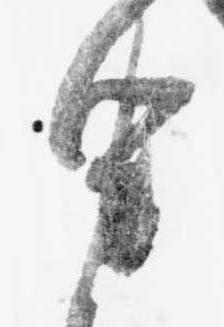
申